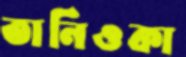
তানিওকা